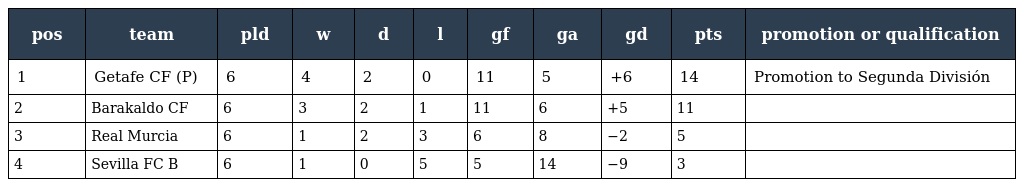
| pos | team | pld | w | d | l | gf | ga | gd | pts | promotion or qualification |
 | --- | --- | --- | --- | --- | --- | --- | --- | --- | --- | --- |
 | 1 | Getafe CF (P) | 6 | 4 | 2 | 0 | 11 | 5 | +6 | 14 | Promotion to Segunda División |
 | 2 | Barakaldo CF | 6 | 3 | 2 | 1 | 11 | 6 | +5 | 11 |  |
 | 3 | Real Murcia | 6 | 1 | 2 | 3 | 6 | 8 | −2 | 5 |  |
 | 4 | Sevilla FC B | 6 | 1 | 0 | 5 | 5 | 14 | −9 | 3 |  |